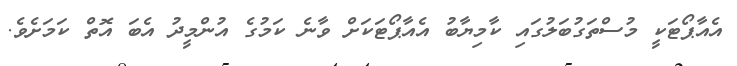
އެއާޕޯޓަކީ މުސްތަގުބަލުގައި ކާމިޔާބު އެއާޕޯޓަކަށް ވާނެ ކަމުގެ އުންމީދު އެބަ އޮތް ކަމަށެވެ.